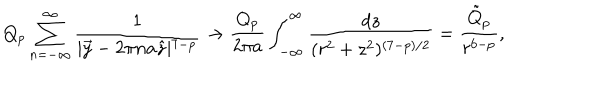
LaTeX: Q _ { p } \sum _ { n = - \infty } ^ { \infty } \frac { 1 } { \mid \vec { y } - 2 \pi n a \hat { z } \mid ^ { 7 - p } } \rightarrow \frac { Q _ { p } } { 2 \pi a } \int _ { - \infty } ^ { \infty } \frac { d z } { ( r ^ { 2 } + z ^ { 2 } ) ^ { ( 7 - p ) / 2 } } = \frac { \tilde { Q } _ { p } } { r ^ { 6 - p } } ,